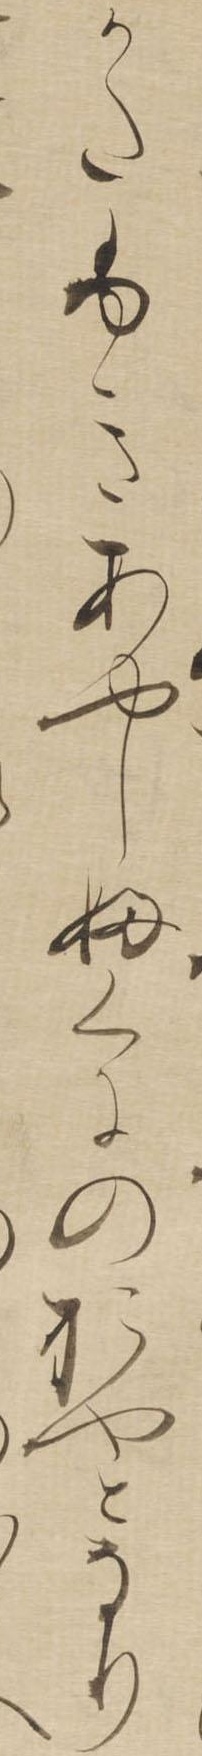
かたふきあやしふくにのおやとなり